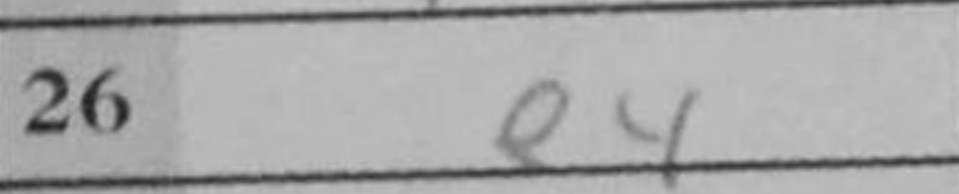
Transcription: e4